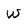
Character: w